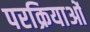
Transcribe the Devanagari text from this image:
परक्रियाओं